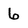
Character: 6